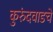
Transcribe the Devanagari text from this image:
कुरुंदवाडचे